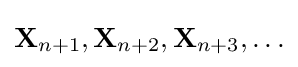
\mathbf {X} _{n+1},\mathbf {X} _{n+2},\mathbf {X} _{n+3},\ldots